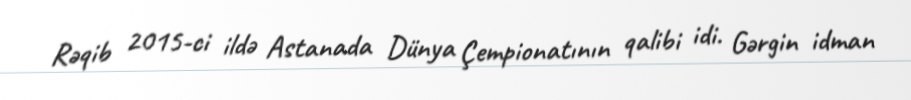
Rəqib 2015-ci ildə Astanada Dünya Çempionatının qalibi idi. Gərgin idman